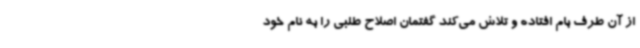
از آن طرف بام افتاده و تلاش می‌کند گفتمان اصلاح طلبی را به نام خود